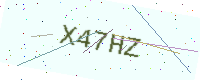
Text: X47HZ